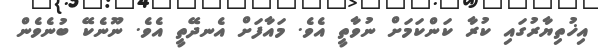
އިޚުތިޔާރުގައި ކުރާ ކަންކަމަށް ނުވާތީ އެވެ. މައާފަށް އެނދޭތީ އެވެ. ނޫނެކޭ ބުނެވެން